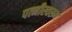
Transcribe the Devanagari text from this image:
पत्नीस्वरूप